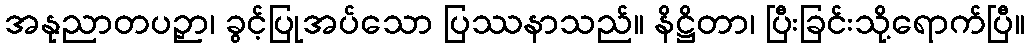
အနုညာတပဉှာ၊ ခွင့်ပြုအပ်သော ပြဿနာသည်။ နိဋ္ဌိတာ၊ ပြီးခြင်းသို့ရောက်ပြီ။